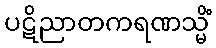
ပဋိညာတကရဏသ္မိံ